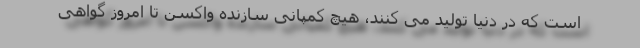
است که در دنیا تولید می کنند، هیچ کمپانی سازنده واکسن تا امروز گواهی